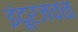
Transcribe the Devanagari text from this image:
इंदूरजवळ